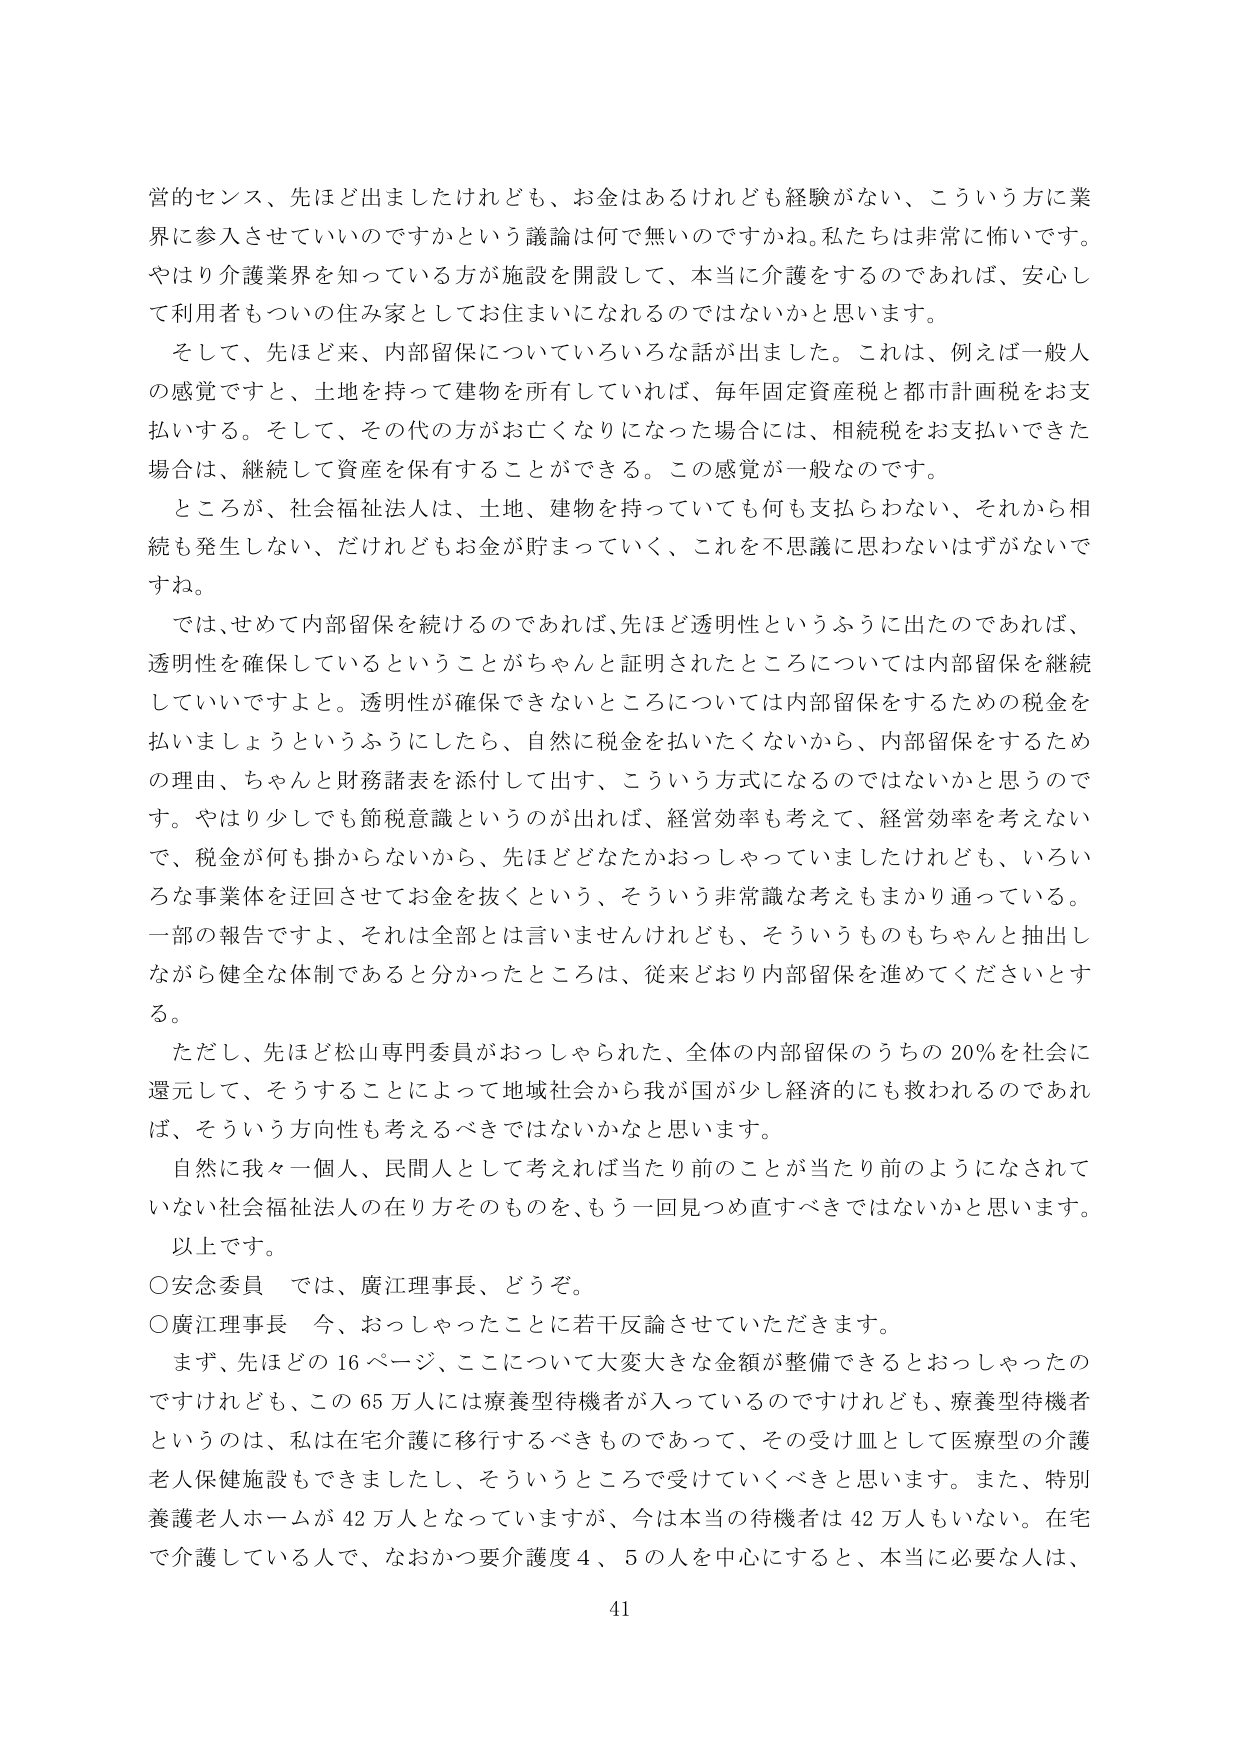
営的センス、先ほど出ましたけれども、お金はあるけれども経験がない、こういう方に業界に参入させていいのですかという議論は何で無いのですかね。私たちは非常に怖いです。やはり介護業界を知っている方が施設を開設して、本当に介護をするのであれば、安心して利用者もついの住み家としてお住まいになれるのではないかと思います。

そして、先ほど来、内部留保についていろいろな話が出ました。これは、例えば一般人の感覚ですと、土地を持って建物を所有していれば、毎年固定資産税と都市計画税をお支払いする。そして、その代の方がお亡くなりになった場合には、相続税をお支払いできた場合は、継続して資産を保有することができる。この感覚が一般なのです。

ところが、社会福祉法人は、土地、建物を持っていても何も支払わない、それから相続も発生しない、だけれどもお金が貯まっていく、これを不思議に思わないはずがないですね。

では、せめて内部留保を続けるのであれば、先ほど透明性というふうに出たのであれば、透明性を確保しているということがちゃんと証明されたところについては内部留保を継続していいですよと。透明性が確保できないところについては内部留保をするための税金を払いましょうというふうにしたら、自然に税金を払いたくないから、内部留保をするための理由、ちゃんと財務諸表を添付して出す、こういう方式になるのではないかと思うのです。やはり少しでも節税意識というのが出れば、経営効率も考えて、経営効率を考えないで、税金が何も掛からないから、先ほどどなたかおっしゃっていましたけれども、いろいろな事業体を迂回させてお金を抜くという、そういう非常識な考えもまかり通っている。一部の報告ですよ、それは全部とは言いませんけれども、そういうものもちゃんと抽出しながら健全な体制であると分かったところは、従来どおり内部留保を進めてくださいとする。

ただし、先ほど松山専門委員がおっしゃられた、全体の内部留保のうちの20％を社会に還元して、そうすることによって地域社会から我が国が少し経済的にも救われるのであれば、そういう方向性も考えるべきではないかなと思います。

自然に我々一個人、民間人として考えれば当たり前のことがあたり前のようにされていない社会福祉法人の在り方そのものを、もう一回見つめ直すべきではないかと思います。

以上です。

○安念委員　では、廣江理事長、どうぞ。

○廣江理事長　今、おっしゃったことに若干反論させていただきます。

まず、先ほどの16ページ、ここについて大変大きな金額が整備できるとおっしゃったのですけれども、この65万人には療養型待機者が入っているのですけれども、療養型待機者というのは、私は在宅介護に移行するべきものであって、その受け皿として医療型の介護老人保健施設もできましたし、そういうところで受けていくべきと思います。また、特別養護老人ホームが42万人となっていますが、今は本当の待機者は42万人もいない。在宅で介護している人で、なおかつ要介護度4、5の人を中心にするとき、本当に必要な人は、

41